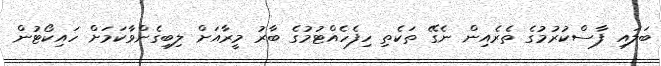
ބަލައި ފާސްކުރުމުގެ ތެރެއިން ނެގޭ ތަކެތި ހިފެހެއްޓުމުގެ ބާރު މީރާއަށް ލިބިގެންވާކަމަށް ހައިކޯޓުން